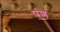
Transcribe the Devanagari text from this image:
पंण